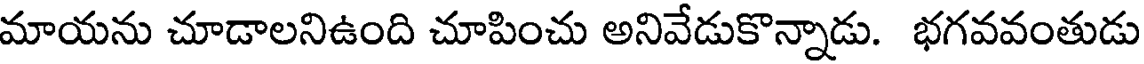
మాయను చూడాలనిఉంది చూపించు అనివేడుకొన్నాడు. భగవవంతుడు